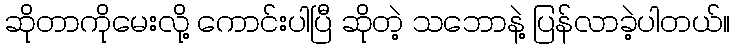
ဆိုတာကိုမေးလို့ ကောင်းပါပြီ ဆိုတဲ့ သဘောနဲ့ ပြန်လာခဲ့ပါတယ်။